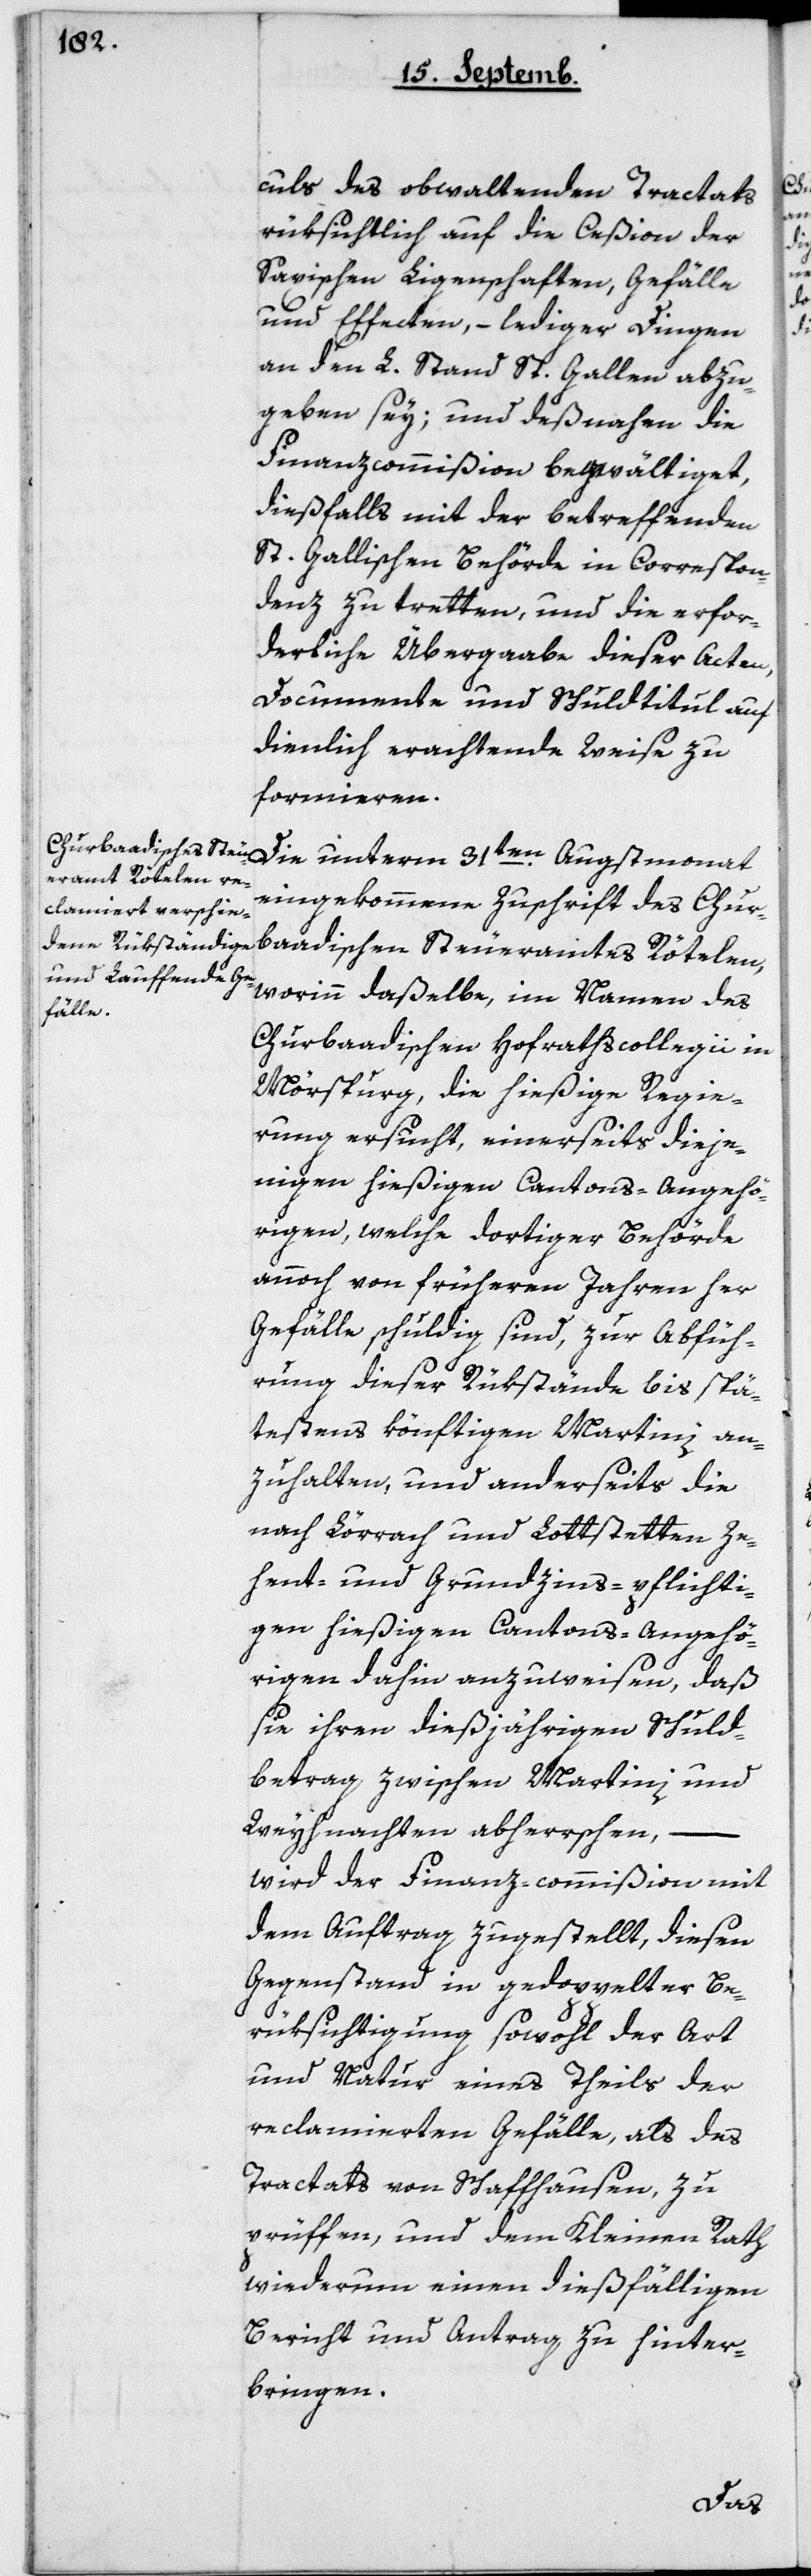
culs des obwaltenden Tractats
rüksichtlich auf die Ceßion der
Saxischen Liegenschaften, Gefälle
und Effecten, – lediger Dingen
an den L. Stand St. Gallen abzu¬
geben sey; und desnahen die
Finanzcommißion begwältiget,
dießfalls mit der betreffenden
St. Gallischen Behörde in Correspon¬
denz zu tretten, und die erfor¬
derliche Übergabe dieser Acten,
Documente und Schuldtitul auf
dienlich erachtende Weise zu
formieren.
Die unterm 31ten Augstmonat
eingekommene Zuschrift des Chur¬
badischen Steueramts Rötelen,
worinn daßelbe im Namen des
Churbadischen Hofrathscollegii in
Mörsburg, die hießige Regie¬
rung ersucht, einerseits dieje¬
nigen hießigen Cantons-Angehö¬
rigen, welche dortiger Behörde
annoch von früheren Jahren her
Gefälle schuldig sind, zur Abfüh¬
rung dieser Rükstände bis spä¬
testens könftigen Martini an¬
zuhalten, und anderseits die
nach Lörrach und Lottstetten Ze¬
hent- und Grundszinspflichti¬
gen hießigen Cantonsangehö¬
rigen dahin anzuweisen, daß
sie ihren diesjährigen Schuld¬
betrag zwischen Martini und
Weyhnachten abherrschen,
wird der Finanzcommißion mit
dem Auftrag zugestellt, diesen
Gegenstand in gedoppelter Be¬
rüksichtigung sowohl der Art
und Natur eines Theils der
reclamierten Gefälle, als des
Tractats von Schaffhausen zu
prüfen, und dem Kleinen Rath
wiederum einen dießfälligen
Bericht und Antrag zu hinter¬
bringen.